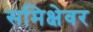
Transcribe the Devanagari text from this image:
समिक्षेवर